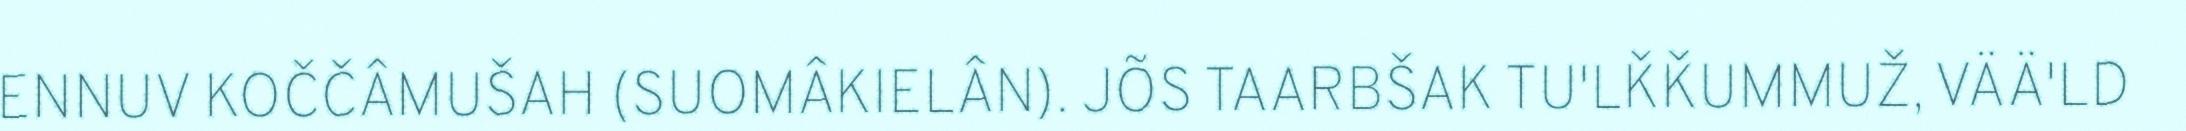
ENNUV KOČČÂMUŠAH (SUOMÂKIELÂN). JÕS TAARBŠAK TU'LǨǨUMMUŽ, VÄÄ'LD